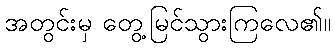
အတွင်းမှ တွေ့မြင်သွားကြလေ၏။